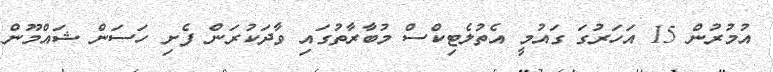
އުމުރުން 15 އަހަރުގަ ގައުމީ އެތުލެޓިކްސް މުބާރާތުގައި ވާދަކުރަން ފެށި ހަސަން ޝައްމޫން